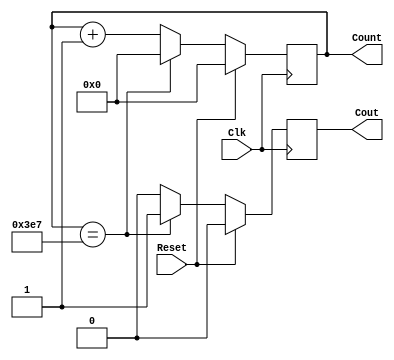
// one_second_clk.v
module one_seond_clk(Reset,Clk,Count,Cout);
input Reset,Clk;
output reg[9:0]Count;
output reg Cout;
always@(posedge Clk)
 if(Reset)begin Count=0;Cout=0;end
 else if(Count==999)begin Count=0;Cout=1;end
 else begin Count=Count+1;Cout=0;end
endmodule